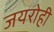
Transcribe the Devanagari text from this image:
जयरोही